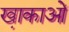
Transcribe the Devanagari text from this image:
खा़काओं